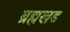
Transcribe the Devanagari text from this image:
ब्रह्मखड